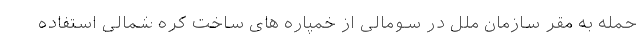
حمله به مقر سازمان ملل در سومالی از خمپاره های ساخت کره شمالی استفاده